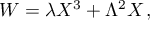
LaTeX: W = \lambda X ^ { 3 } + \Lambda ^ { 2 } X \, ,